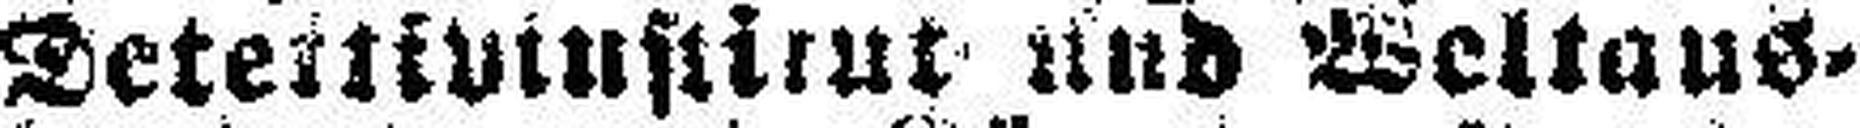
Detektivinstitut und Weltaus¬